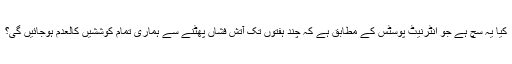
کیا یہ سچ ہے جو انٹرنیٹ پوسٹس کے مطابق ہے کہ چند ہفتوں تک آتش فشاں پھٹنے سے ہماری تمام کوششیں کالعدم ہوجائیں گی؟